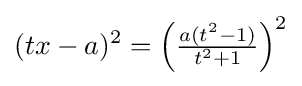
(tx-a)^{2}=\left({\tfrac {a(t^{2}-1)}{t^{2}+1}}\right)^{2}